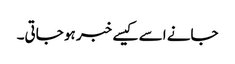
جانے اسے کیسے خبر ہو جاتی۔